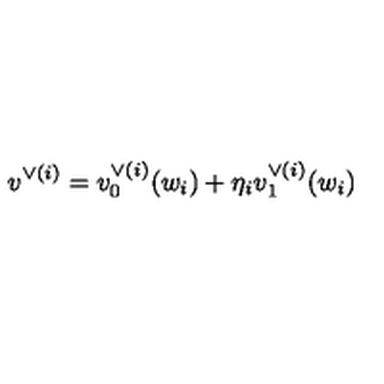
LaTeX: v ^ { \vee { ( i ) } } = v _ { 0 } ^ { \vee ( i ) } ( w _ { i } ) + \eta _ { i } v _ { 1 } ^ { \vee ( i ) } ( w _ { i } )